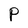
Character: P